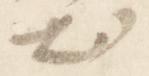
出